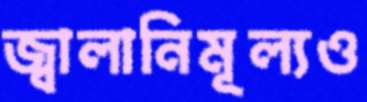
জ্বালানিমূল্যও